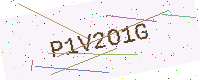
Text: P1V2O1G